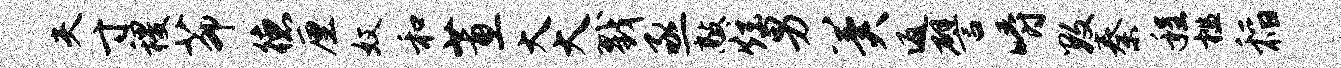
夫寸稷茆德厘奴和蕙大大戮亟敲炫男冀返譬嚼数秦程槛稻